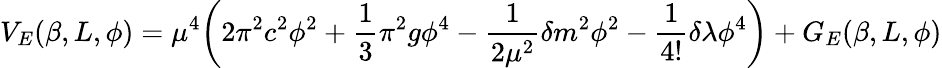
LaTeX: V_{E}(\beta,L,\phi)=\mu^{4}\biggl(2\pi^{2}c^{2}\phi^{2}+\frac{1}{3}\pi^{2}g\phi^{4}-\frac{1}{2\mu^{2}}\delta m^{2}\phi^{2}-\frac{1}{4!}\delta\lambda\phi^{4}\biggr)+G_{E}(\beta,L,\phi)